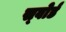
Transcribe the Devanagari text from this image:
स्‍वोर्ड